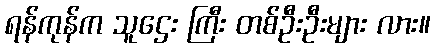
ရန်ကုန်က သူဌေး ကြီး တစ်ဦးဦးများ လား။